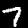
Label: 7